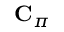
\mathbf { C } _ { \pi }